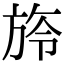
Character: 旍